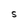
Character: S